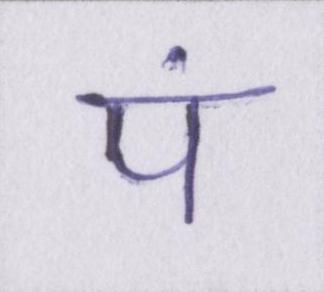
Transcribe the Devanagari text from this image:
पं